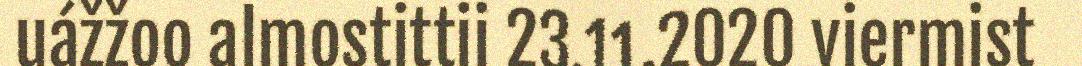
uážžoo almostittii 23.11.2020 viermist